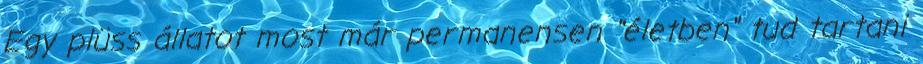
Egy plüss állatot most már permanensen "életben" tud tartani